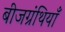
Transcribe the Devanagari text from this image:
बीजग्रंथियाँ